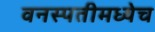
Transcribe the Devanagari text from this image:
वनस्पतीमध्येच